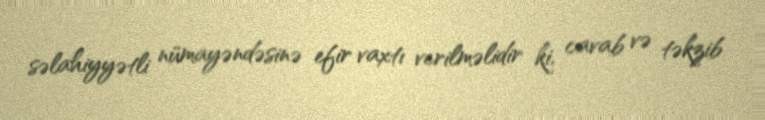
səlahiyyətli nümayəndəsinə efir vaxtı verilməlidir ki, cavab və təkzib